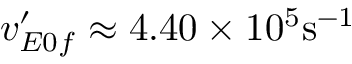
v _ { E 0 f } ^ { \prime } \approx 4 . 4 0 \times 1 0 ^ { 5 } \mathrm { s ^ { - 1 } }